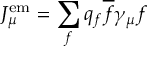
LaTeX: J _ { \mu } ^ { \mathrm { e m } } = \sum _ { f } q _ { f } { \overline { { f } } } \gamma _ { \mu } f